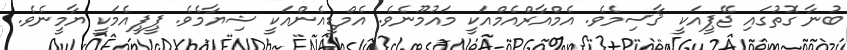
ބުނާ ގޮތުގައި ޖޭޕީއަކީ ޤާސިމެވެ. އެމްއާރްއެމްއަކީ މައުމޫނެވެ. އެމްޑީއެންއަކީ ޝިޔާމެވެ. ޕީޕީއެމަކީ ޔާމީނެވެ.